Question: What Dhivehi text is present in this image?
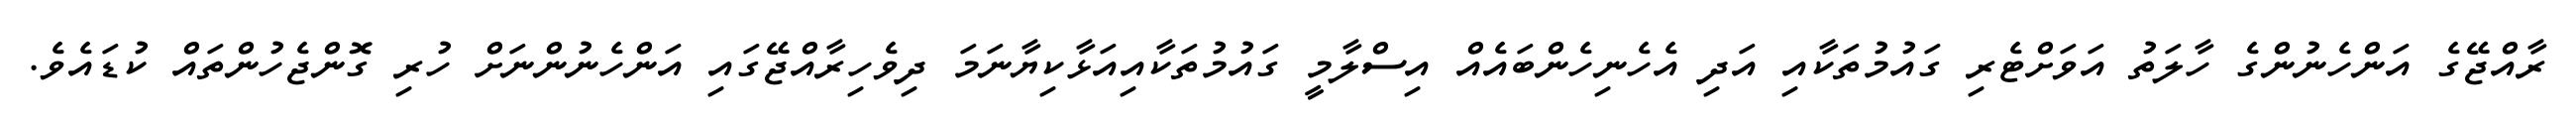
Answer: ރާއްޖޭގެ އަންހެނުންގެ ހާލަތު އަވަށްޓެރި ގައުމުތަކާއި އަދި އެހެނިހެންބައެއް އިސްލާމީ ގައުމުތަކާއިއަޅާކިޔާނަމަ ދިވެހިރާއްޖޭގައި އަންހެނުންނަށް ހުރި ގޮންޖެހުންތައް ކުޑައެވެ.